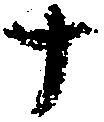
十